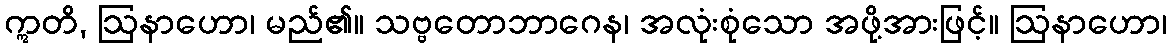
ဣတိ, ဩနာဟော၊ မည်၏။ သဗ္ဗတောဘာဂေန၊ အလုံးစုံသော အဖို့အားဖြင့်။ ဩနာဟော၊